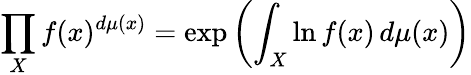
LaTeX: \prod_{X}f(x)^{d\mu(x)}=\exp\left(\int_{X}\ln f(x)\, d\mu(x)\right)